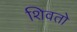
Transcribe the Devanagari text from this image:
शिवतो